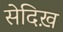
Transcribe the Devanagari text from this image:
सेदिख़